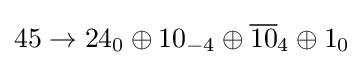
45\rightarrow 24_{0}\oplus 10_{-4}\oplus {\overline {10}}_{4}\oplus 1_{0}